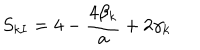
S _ { k I } = 4 - \frac { 4 \beta _ { k } } { a } + 2 \gamma _ { k }